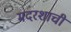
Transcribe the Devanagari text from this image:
मदरशाची